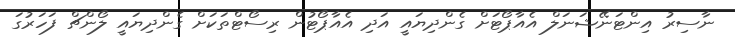
ނާސިރު އިންޓަނޭޝަނަލް އެއާޕޯޓަށް ގެންދިޔައީ އަދި އެއާޕޯޓުން ރިސޯޓްތަކަށް ގެންދިޔައީ ލޯންޗް ފަހަރުގަ